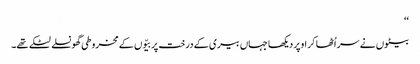
‘‘
بیٹوں نے سر اُٹھا کر اوپر دیکھا جہاں بیری کے درخت پر بیّوں کے مخروطی گھونسلے لٹکے تھے۔